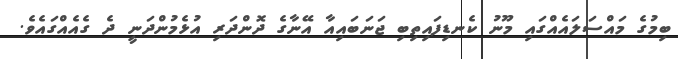
ބިމުގެ މައްސަލައެއްގައި މޫނު ކެނޑިފައިތިބި ޖަނަބައިއާ އޭނާގެ ދޮންދަރި އުޅެމުންދަނީ ދެ ގެއެއްގައެވެ.